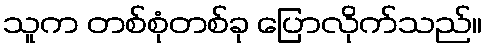
သူက တစ်စုံတစ်ခု ပြောလိုက်သည်။